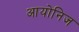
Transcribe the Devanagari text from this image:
आयोनिज